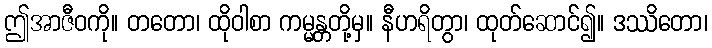
ဤအာဇီဝကို။ တတော၊ ထိုဝါစာ ကမ္မန္တတို့မှ။ နီဟရိတွာ၊ ထုတ်ဆောင်၍။ ဒဿိတော၊